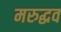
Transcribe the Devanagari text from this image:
मरुद्धव